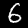
Digit: 6